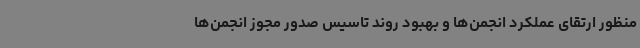
منظور ارتقای عملکرد انجمن‌ها و بهبود روند تاسیس صدور مجوز انجمن‌ها